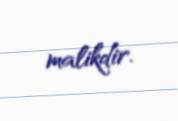
malikdir.